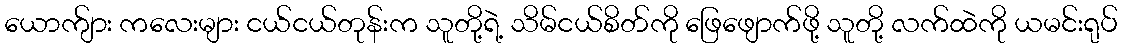
ယောက်ျား ကလေးများ ငယ်ငယ်တုန်းက သူတို့ရဲ့ သိမ်ငယ်စိတ်ကို ဖြေဖျောက်ဖို့ သူတို့ လက်ထဲကို ယမင်းရုပ်